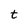
Character: t